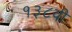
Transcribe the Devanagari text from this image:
१३८वी